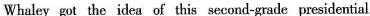
Whaley got the idea of this second-grade presidential